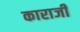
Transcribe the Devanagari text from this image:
काराजी